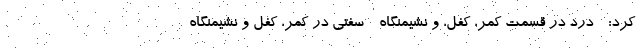
کرد: - درد در قسمت کمر، کفل، و نشیمنگاه - سفتی در کمر، کفل و نشیمنگاه